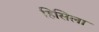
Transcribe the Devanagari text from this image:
हिसिला